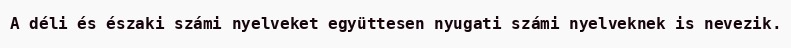
A déli és északi számi nyelveket együttesen nyugati számi nyelveknek is nevezik.